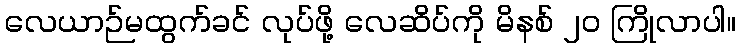
လေယာဉ်မထွက်ခင် လုပ်ဖို့ လေဆိပ်ကို မိနစ် ၂၀ ကြိုလာပါ။